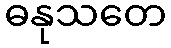
ဓနုသတေ